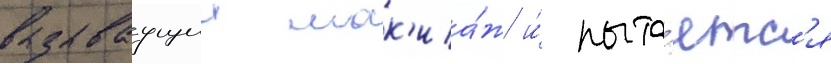
вызываущии мак'иа́ж и́ пыта́етс'я